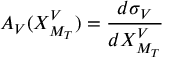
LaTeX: A _ { V } ( X _ { M _ { T } } ^ { V } ) = { \frac { d \sigma _ { V } } { d X _ { M _ { T } } ^ { V } } }